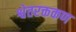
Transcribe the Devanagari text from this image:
श्वेतरक्तकण